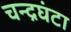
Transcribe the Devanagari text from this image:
चन्द्रघंटा